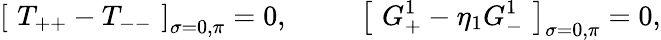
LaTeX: \left[\, \, T_{++}-T_{--}\, \, \right]_{\sigma=0,\pi}=0,\, \, \, \, \, \, \, \, \, \, \, \, \, \, \, \left[\, \, G_{+}^{1}-\eta_{1}G_{-}^{1}\, \, \right]_{\sigma=0,\pi}=0,